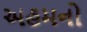
અહમનો